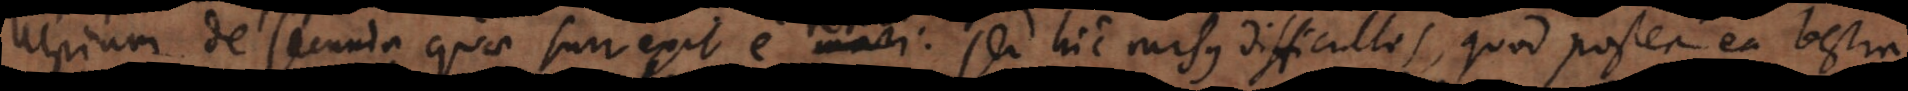
Ulpium de secunda quae surrexit e terra. Sed hic rursus difficultas, quod postea ea bestia